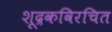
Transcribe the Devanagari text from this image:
शूद्रकविरचित